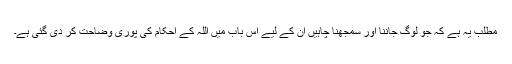
مطلب یہ ہے کہ جو لوگ جاننا اور سمجھنا چاہیں ان کے لیے اس باب میں اللہ کے احکام کی پوری وضاحت کر دی گئی ہے۔